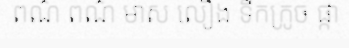
ពណ៌ ពណ៌ មាស លឿង ទឹកក្រូច ផ្កា